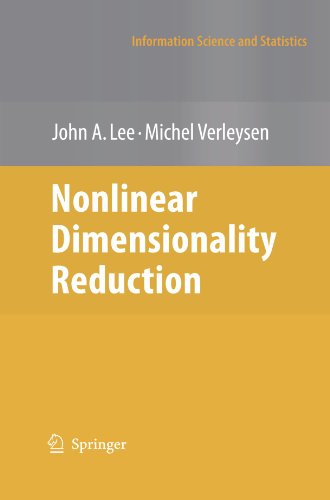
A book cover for Nonlinear Dimensionality Reduction (Information Science and Statistics); John A. Lee; Test Preparation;